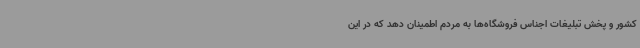
کشور و پخش تبلیغات اجناس فروشگاه‌ها به مردم اطمینان دهد که در این